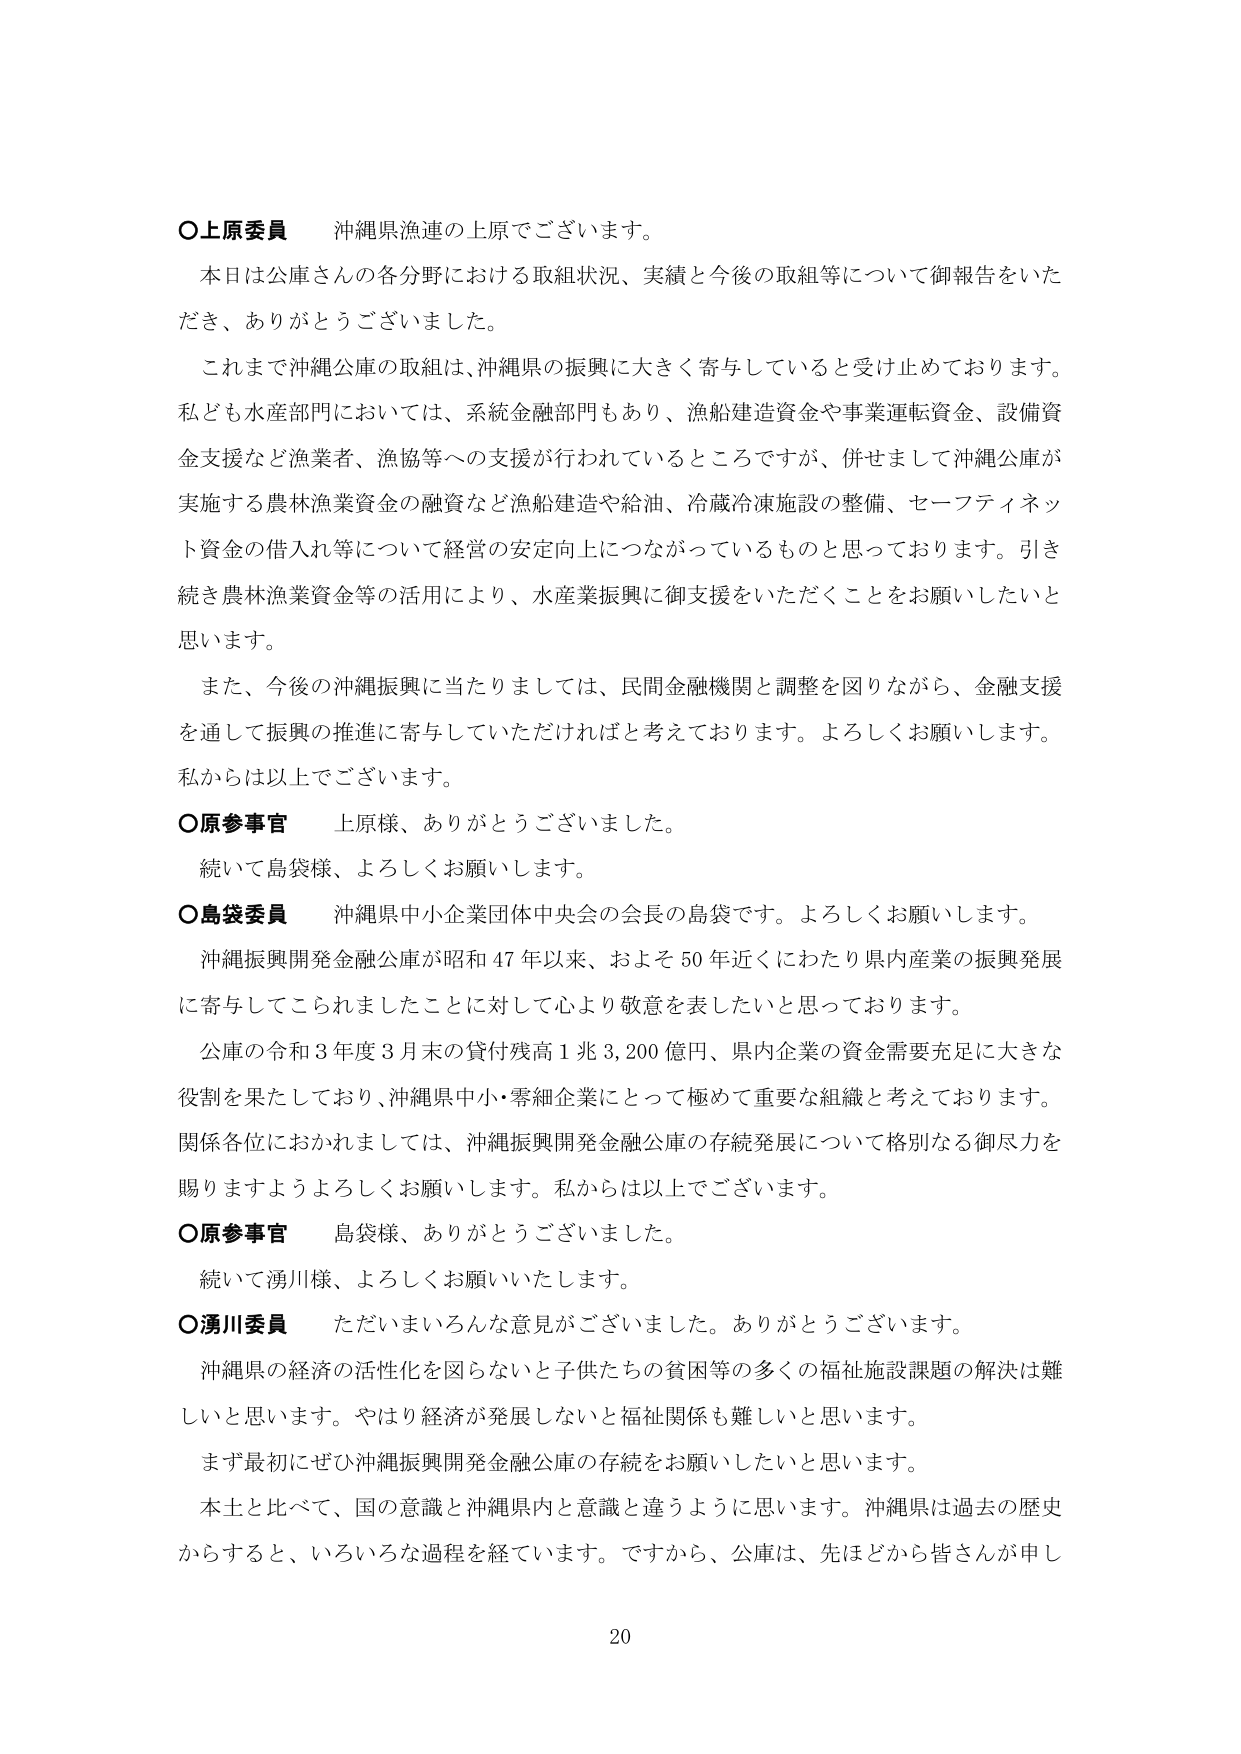
○上原委員　沖縄県漁連の上原でございます。

本日は公庫さんの各分野における取組状況、実績と今後の取組等について御報告をいただき、ありがとうございました。

これまで沖縄公庫の取組は、沖縄県の振興に大きく寄与していると受け止めております。私ども水産部門においては、系統金融部門もあり、漁船建造資金や事業運転資金、設備資金支援など漁業者、漁協等への支援が行われているところですが、併せまして沖縄公庫が実施する農林漁業資金の融資など漁船建造や給油、冷蔵冷凍施設の整備、セーフティネット資金の借入等について経営の安定向上につながっているものと思っております。引き続き農林漁業資金等の活用により、水産業振興に御支援をいただくことをお願いしたいと思います。

また、今後の沖縄振興に当たりましては、民間金融機関と調整を図りながら、金融支援を通して振興の推進に寄与していただければと考えております。よろしくお願いします。私からは以上でございます。

○原参事官　上原様、ありがとうございました。

続いて島袋様、よろしくお願いします。

○島袋委員　沖縄県中小企業団体中央会の会長の島袋です。よろしくお願いします。

沖縄振興開発金融公庫が昭和47年以来、およそ50年近くにわたり県内産業の振興発展に寄与してこられましたことに対して心より敬意を表したいと思っております。

公庫の令和3年度3月末の貸付残高1兆3,200億円、県内企業の資金需要充足に大きな役割を果たしており、沖縄県中小・零細企業にとって極めて重要な組織と考えております。関係各位におかれましては、沖縄振興開発金融公庫の存続発展について格別なる御尽力を賜りますようよろしくお願いします。私からは以上でございます。

○原参事官　島袋様、ありがとうございました。

続いて湧川様、よろしくお願いいたします。

○湧川委員　ただいまいろんな意見がございました。ありがとうございます。

沖縄県の経済の活性化を図らないと子供たちの貧困等の多くの福祉施設課題の解決は難しいと思います。やはり経済が発展しないと福祉関係も難しいと思います。

まず最初にぜひ沖縄振興開発金融公庫の存続をお願いしたいと思います。

本土と比べて、国の意識と沖縄県内と意識と違うように思います。沖縄県は過去の歴史からすると、いろいろな過程を経ています。ですから、公庫は、先ほどから皆さんが申し

20